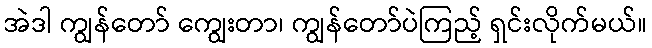
အဲဒါ ကျွန်တော် ကျွေးတာ၊ ကျွန်တော်ပဲကြည့် ရှင်းလိုက်မယ်။